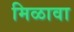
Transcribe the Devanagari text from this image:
मिळावा